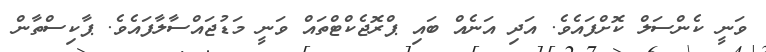
ވަނީ ކެންސަލް ކޮށްފައެވެ. އަދި އަނެއް ބައި ޕްރޮޖެކްޓްތައް ވަނީ މަޑުޖައްސާލާފައެވެ. ޕާކިސްތާން